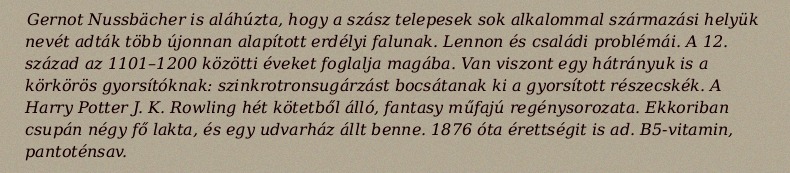
Gernot Nussbächer is aláhúzta, hogy a szász telepesek sok alkalommal származási helyük nevét adták több újonnan alapított erdélyi falunak. Lennon és családi problémái. A 12. század az 1101–1200 közötti éveket foglalja magába. Van viszont egy hátrányuk is a körkörös gyorsítóknak: szinkrotronsugárzást bocsátanak ki a gyorsított részecskék. A Harry Potter J. K. Rowling hét kötetből álló, fantasy műfajú regénysorozata. Ekkoriban csupán négy fő lakta, és egy udvarház állt benne. 1876 óta érettségit is ad. B5-vitamin, pantoténsav.